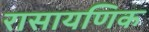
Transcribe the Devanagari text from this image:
रासायणिक